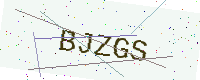
Text: BJZGS